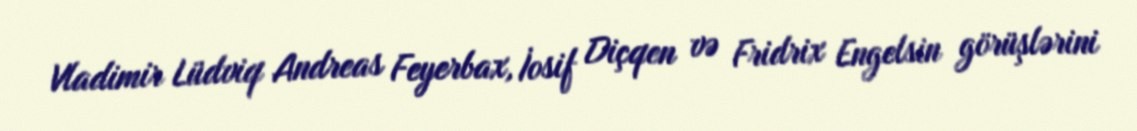
Vladimir Lüdviq Andreas Feyerbax, İosif Diçqen və Fridrix Engelsin görüşlərini